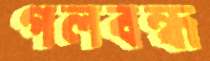
গলবন্ধ